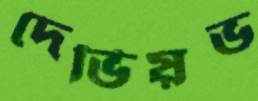
দেভিয়ভ